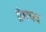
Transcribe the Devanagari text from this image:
प्रेमचद